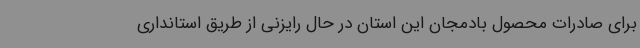
برای صادرات محصول بادمجان این استان در حال رایزنی از طریق استانداری